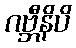
ဂဗ္ဘီနိပိ